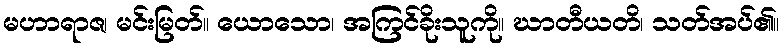
မဟာရာဇ၊ မင်းမြတ်။ ယောသော၊ အကြင်ခိုးသူကို။ ဃာတီယတိ၊ သတ်အပ်၏။